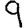
Digit: 9